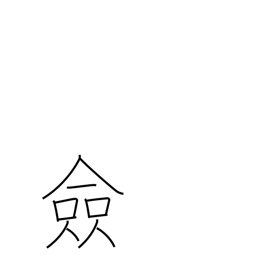
Meaning: all